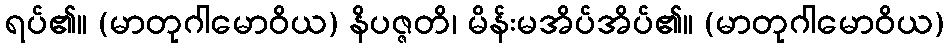
ရပ်၏။ (မာတုဂါမောဝိယ) နိပဇ္ဇတိ၊ မိန်းမအိပ်အိပ်၏။ (မာတုဂါမောဝိယ)